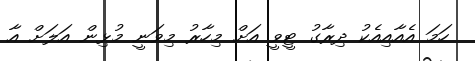
ހަމަ އެއާއިއެކު ދިރާގު ޓީވީ އަށް މިހާރު މިވަނީ މުޅިން އަލަށް އާ